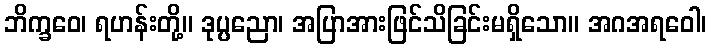
ဘိက္ခဝေ၊ ရဟန်းတို့။ ဒုပ္ပညော၊ အပြာအားဖြင်သိခြင်းမရှိသော။ အဂအရဝေါ၊